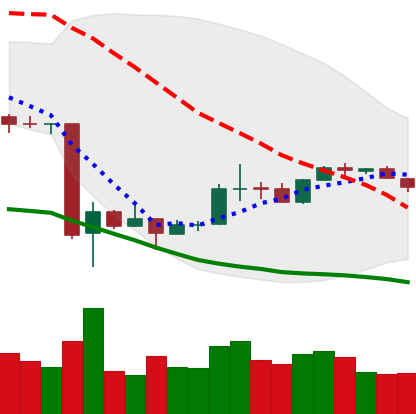
Ticker: BTC-USD
Chart end date: 2020-03-28
Forward return: 8.834%
Label: up_7plus